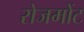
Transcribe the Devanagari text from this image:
रोजमोंट